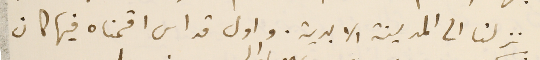
نزلنا الى المدينة الابدية. واول قداس اقمناه فيها كان